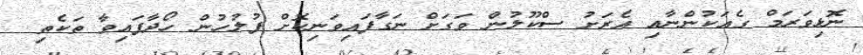
ނޮޅިވަރަމް ގެއަކުންނާއި އެރަށު ސްކޫލުން ވަގަށް ނަގާފައިވަނިކޮށް ފުލުހުން ހޯދާފައިވާ ތަކެތި